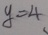
y = 4